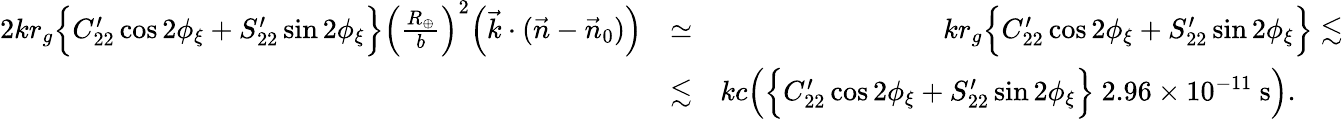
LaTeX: \begin{array}{rlr}{2kr_{g}\Big\{ C_{22}^{\prime}\cos 2\phi_{\xi}+S_{22}^{\prime}\sin 2\phi_{\xi}\Big\} \Big(\frac{R_{\oplus}}{b}\Big)^{2}\Big({\vec{k}}\cdot({\vec{n}}-{\vec{n}}_{0})\Big)}&{\simeq}&{kr_{g}\Big\{ C_{22}^{\prime}\cos 2\phi_{\xi}+S_{22}^{\prime}\sin 2\phi_{\xi}\Big\} \lesssim}\\ &{\lesssim}&{kc\Big(\Big\{ C_{22}^{\prime}\cos 2\phi_{\xi}+S_{22}^{\prime}\sin 2\phi_{\xi}\Big\} ~2.96\times 10^{-11}~\mathrm{s}\Big).~~~~~~}\end{array}